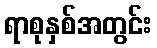
ရာစုနှစ်အတွင်း